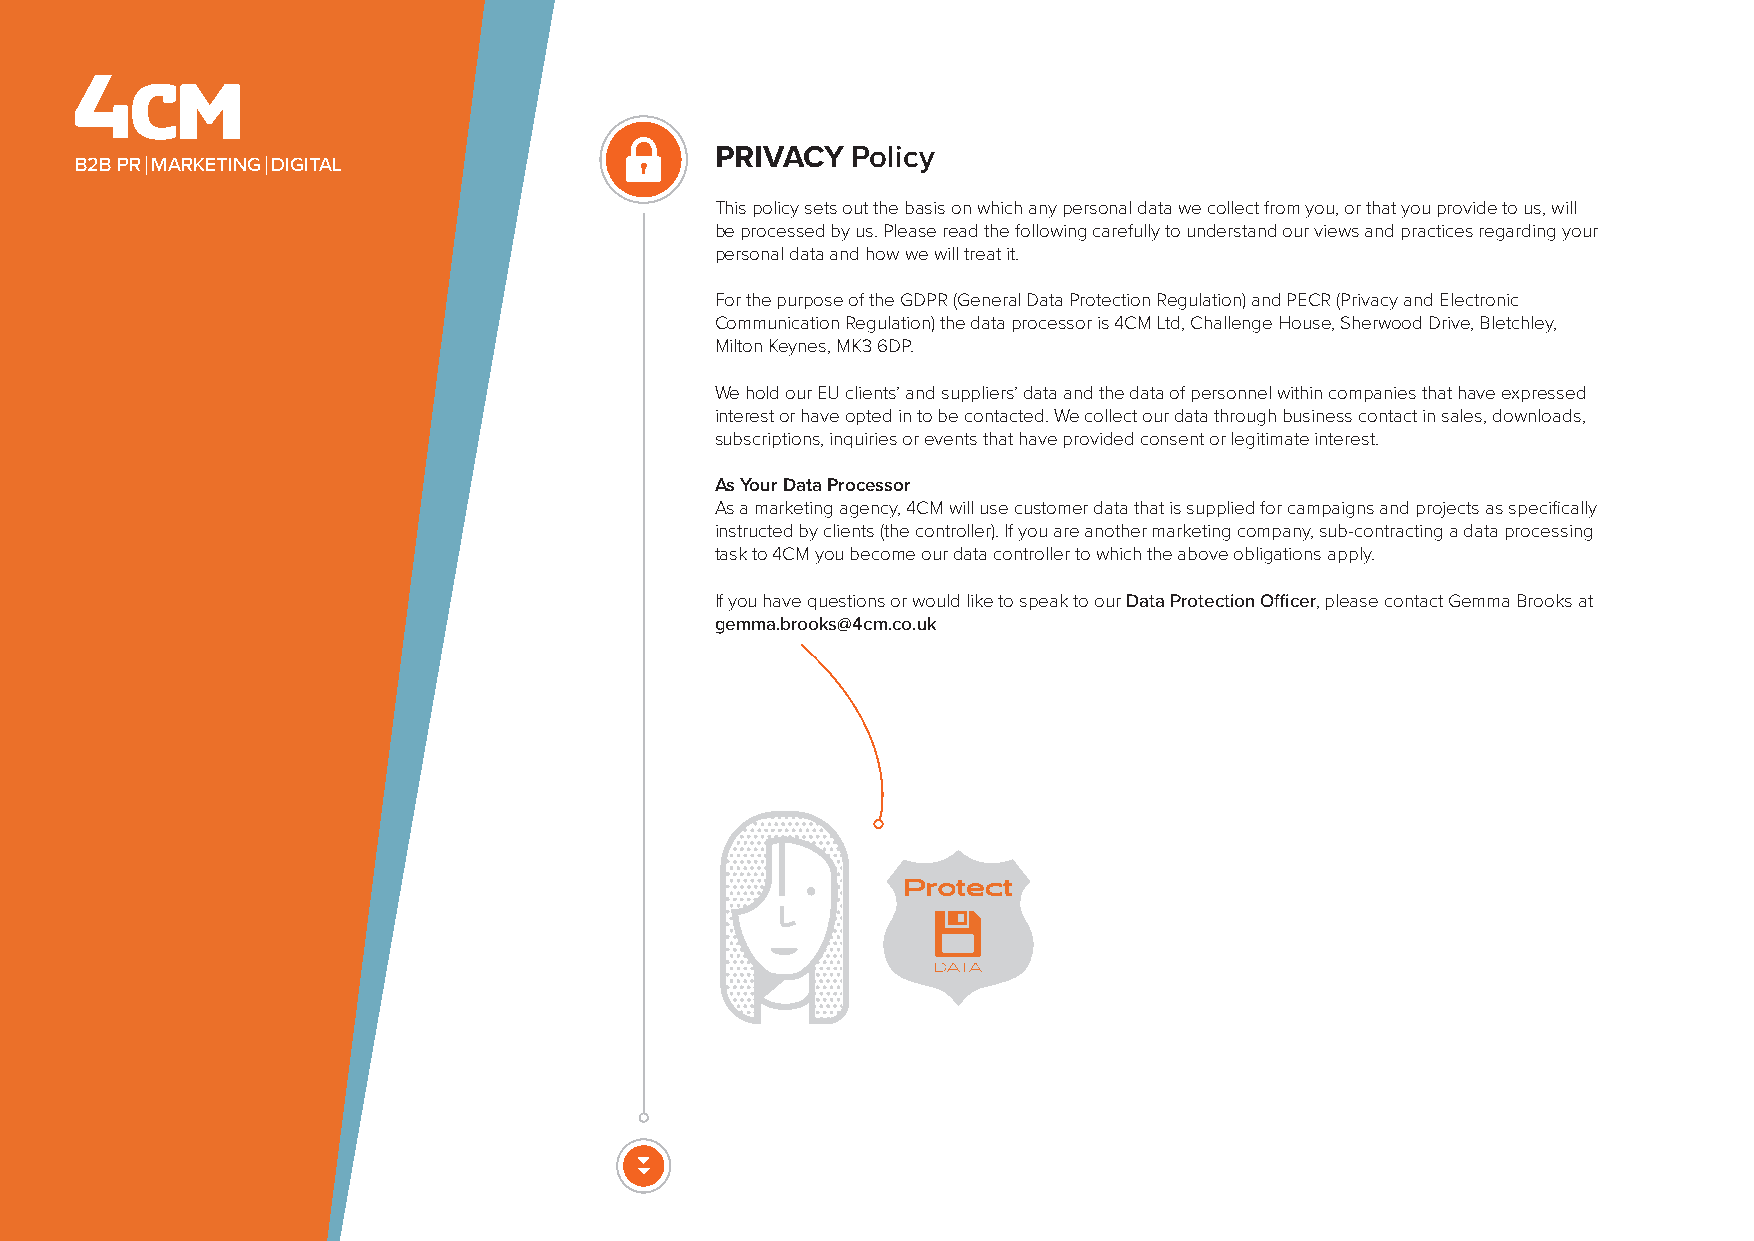
PRIVACY  Policy
 B2B PR MARKETING DIGITAL
 This policy sets out the basis on which any personal data we collect from you, or that you provide to us, will
 be processed by us. Please read the following carefully to understand our views and practices regarding your
 personal data and how we will treat it.
 For the purpose of the GDPR (General Data Protection Regulation) and PECR (Privacy and Electronic
 Communication Regulation) the data processor is 4CM Ltd, Challenge House, Sherwood Drive, Bletchley,
 Milton Keynes, MK3 6DP.
 We hold our EU clients’ and suppliers’ data and the data of personnel within companies that have expressed
 interest or have opted in to be contacted. We collect our data through business contact in sales, downloads,
 subscriptions, inquiries or events that have provided consent or legitimate interest.
 As Your Data Processor
 As a marketing agency, 4CM will use customer data that is supplied for campaigns and projects as specifically
 instructed by clients (the controller). If you are another marketing company, sub-contracting a data processing
 task to 4CM you become our data controller to which the above obligations apply.
 If you have questions or would like to speak to our Data Protection Officer, please contact Gemma Brooks at
 gemma.brooks@4cm.co.uk